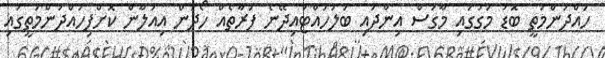
ހައްދުންމަތީ ބޮޑު މަގުގައި މާގަސް އިންދައި ބަލަހައްޓައިދޭނެ ފަރާތެއް ހޯދަން އިއުލާން ކޮށްފިހައްދުންމަތީގައި